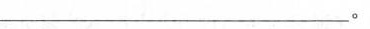
______________________________。